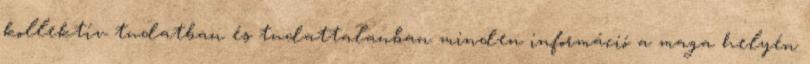
kollektív tudatban és tudattalanban minden információ a maga helyén